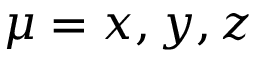
\mu = x , y , z